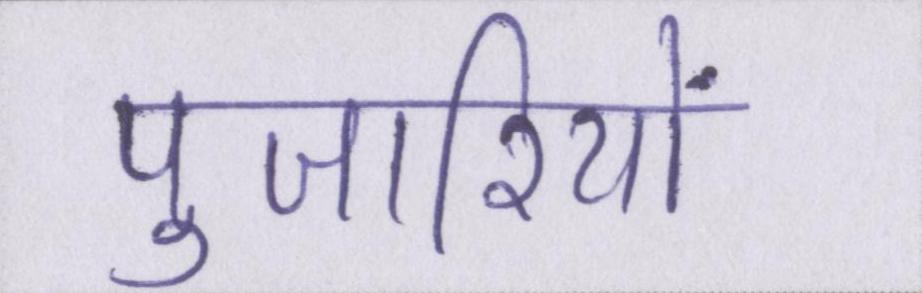
पुजारियों